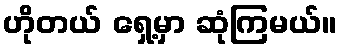
ဟိုတယ် ရှေ့မှာ ဆုံကြမယ်။